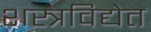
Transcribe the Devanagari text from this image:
शस्त्रविद्येत